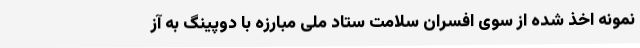
نمونه اخذ شده از سوی افسران سلامت ستاد ملی مبارزه با دوپینگ به آز